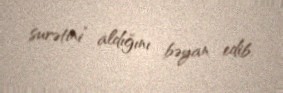
surətini” aldığını bəyan edib.